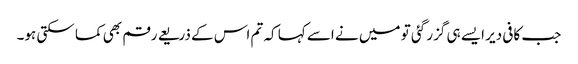
جب کافی دیر ایسے ہی گزر گئی تو میں نے اسے کہا کہ تم اس کے ذریعے رقم بھی کما سکتی ہو۔